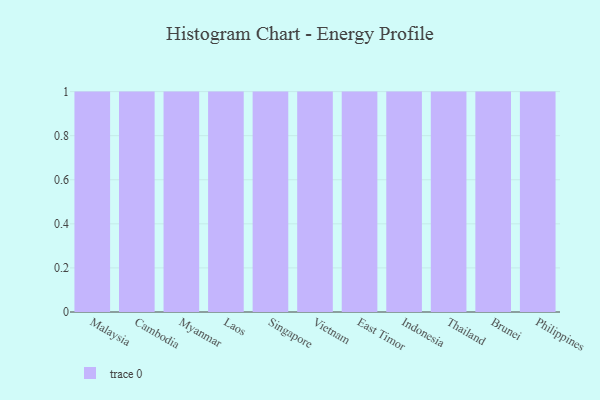
{"axis": {"x": "Country", "y": "Page Views"}, "legend": [""], "data": [{"x": "Malaysia", "y": 12, "type": ""}, {"x": "Cambodia", "y": 49, "type": ""}, {"x": "Myanmar", "y": 94, "type": ""}, {"x": "Laos", "y": 77, "type": ""}, {"x": "Singapore", "y": 79, "type": ""}, {"x": "Vietnam", "y": 34, "type": ""}, {"x": "East Timor", "y": 35, "type": ""}, {"x": "Indonesia", "y": 75, "type": ""}, {"x": "Thailand", "y": 93, "type": ""}, {"x": "Brunei", "y": 83, "type": ""}, {"x": "Philippines", "y": 63, "type": ""}]}